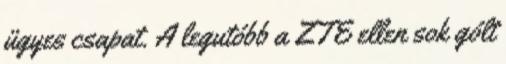
ügyes csapat. A legutóbb a ZTE ellen sok gólt